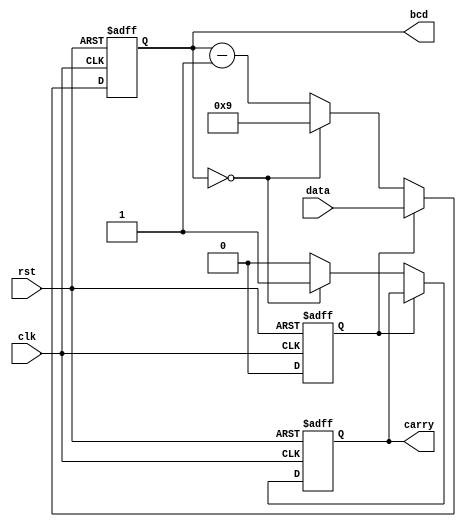
module contador_BCD_decrescente(
    input wire clk,        // Clock de entrada
    input wire rst,        // Reset
    input wire [3:0] data, // Dado de entrada para carga inicial
    output wire [3:0] bcd,  // Sada em BCD de 4 bits
    output reg carry       // Sinal de carry
);

    reg [3:0] count;
    reg load;

    always @(posedge clk or posedge rst) begin
        if (rst) begin
            count <= 4'b1001; // Inicializa com 9 (1001 em BCD) ao resetar
            load <= 1'b1;     // Sinal de carga ativado ao resetar
            carry <= 1'b0;    // Carry inicialmente desativado ao resetar
        end else begin
            if (load) begin
                count <= data; // Carrega dado externo quando load  ativado
                load <= 1'b0;  // Desativa sinal de carga aps carregar
            end else begin
                if (count == 4'b0000) begin
                    carry <= 1'b1;  // Emite carry quando o contador chega a 0
                    count <= 4'b1001; // Reinicia para 9 (1001 em BCD)
                end else begin
                    carry <= 1'b0;  // Desativa carry quando no  necessrio
                    count <= count - 1; // Contagem decrescente normal
                end
            end
        end
    end

    assign bcd = count; // Atribui o valor do contador BCD  sada bcd

endmodule